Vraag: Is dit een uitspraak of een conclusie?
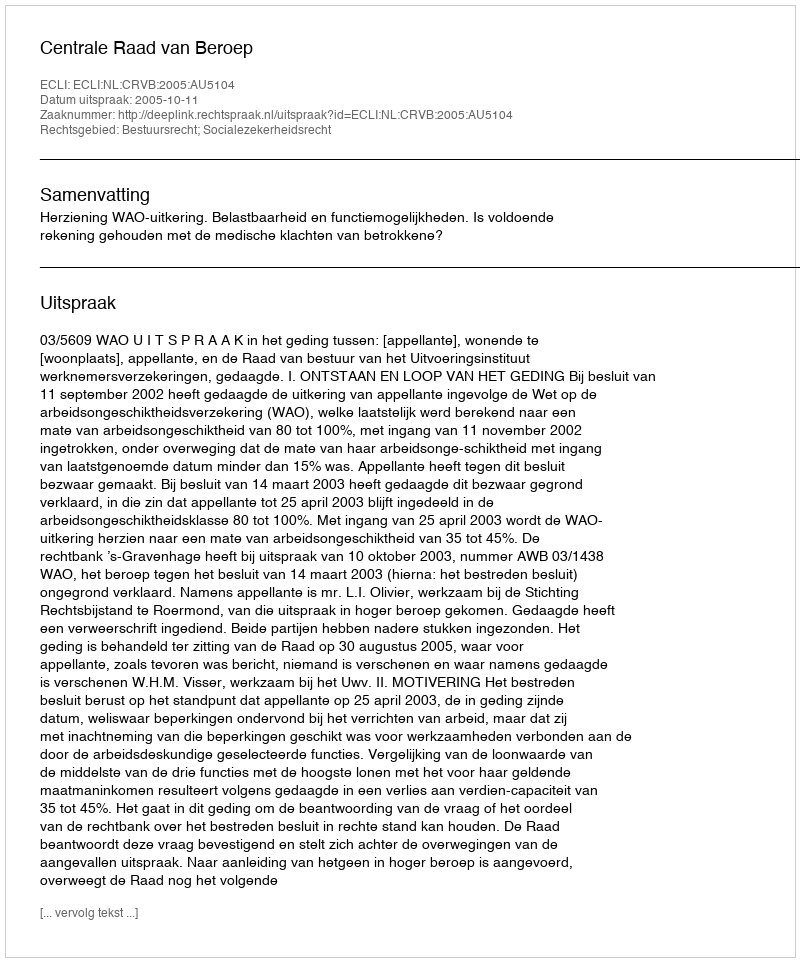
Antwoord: Uitspraak